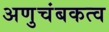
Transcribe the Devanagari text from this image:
अणुचंबकत्व